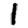
Digit: 1